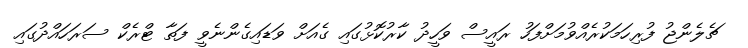
ޗެލެންޖު ފުރިހަމަކުރެއްވުމަށްފަހު ރައީސް ވަހީދު ކާރުކޮޅުގައި ގެއަށް ވަޑައިގެންނެވީ ފަތާ ޓްރެކް ސަރަހައްދުގައި